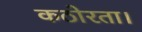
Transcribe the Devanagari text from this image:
कठोरता।